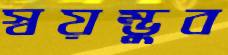
স্বয়ম্ভুব